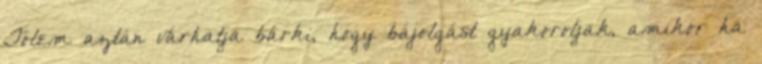
Tőlem aztán várhatja bárki, hogy bájolgást gyakoroljak, amikor ha